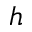
h